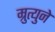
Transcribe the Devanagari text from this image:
म्रुत्युने